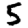
Digit: 5